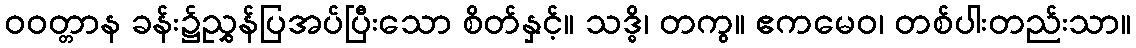
ဝဝတ္တာန ခန်း၌ညွှန်ပြအပ်ပြီးသော စိတ်နှင့်။ သဒ္ဓိ၊ တကွ။ ဧကမေဝ၊ တစ်ပါးတည်းသာ။